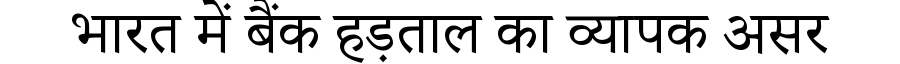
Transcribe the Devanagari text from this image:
भारत में बैंक हड़ताल का व्यापक असर